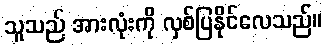
သူသည် အားလုံးကို လှစ်ပြနိုင်လေသည်။